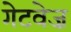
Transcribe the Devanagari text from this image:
गेटवेज़